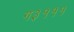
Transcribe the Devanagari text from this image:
ग३१११